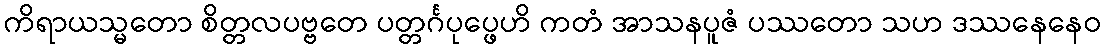
ကိရာယသ္မတော စိတ္တလပဗ္ဗတေ ပတ္တင်္ဂပုပ္ဖေဟိ ကတံ အာသနပူဇံ ပဿတော သဟ ဒဿနေနေဝ